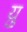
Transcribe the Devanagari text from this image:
य़ु